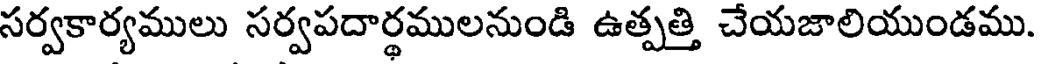
సర్వకార్యములు సర్వపదార్థములనుండి ఉత్పత్తి చేయజాలియుండము.